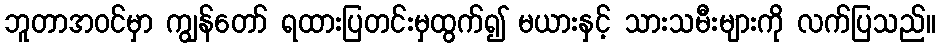
ဘူတာအဝင်မှာ ကျွန်တော် ရထားပြတင်းမှထွက်၍ မယားနှင့် သားသမီးများကို လက်ပြသည်။